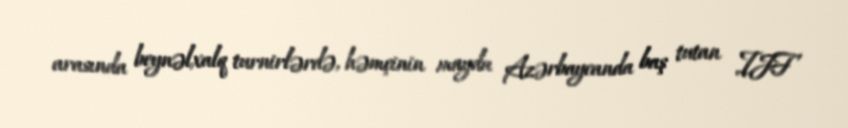
arasında beynəlxalq turnirlərdə, həmçinin mayda Azərbaycanda baş tutan IJF